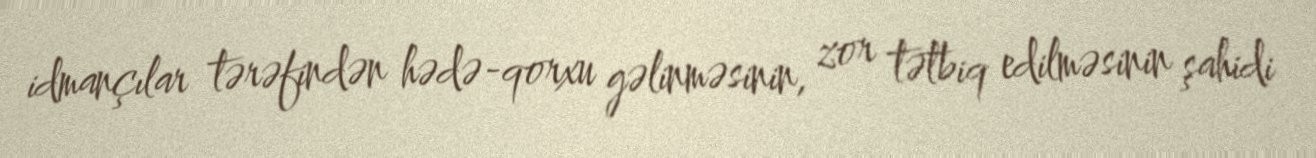
idmançılar tərəfindən hədə-qorxu gəlinməsinin, zor tətbiq edilməsinin şahidi